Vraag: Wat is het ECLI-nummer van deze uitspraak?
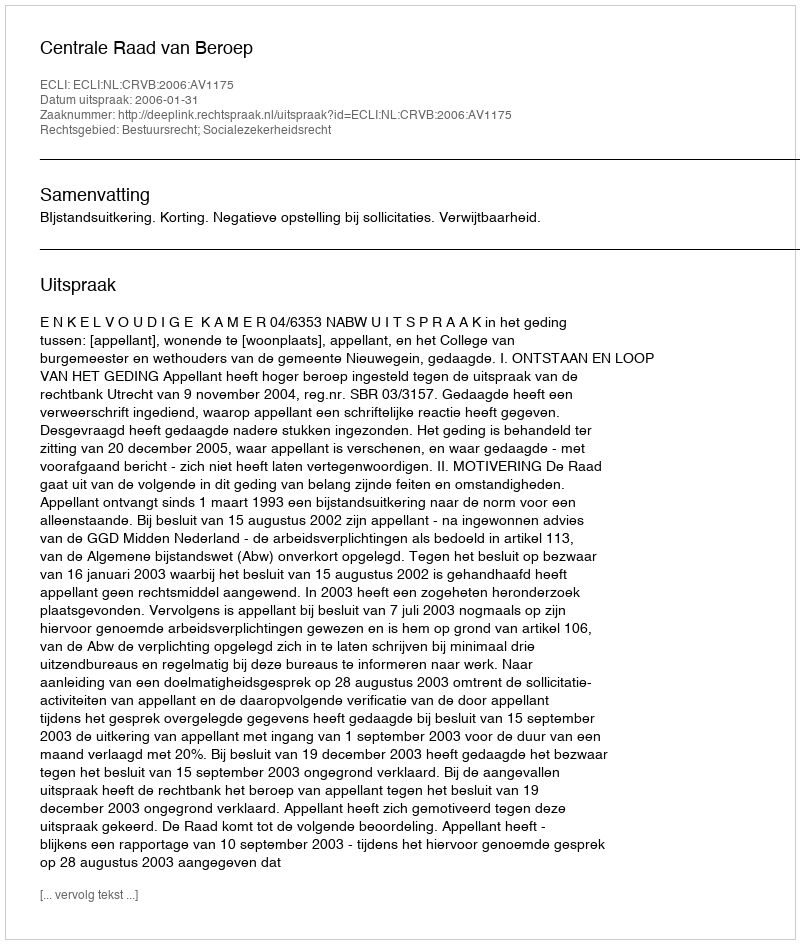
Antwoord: ECLI:NL:CRVB:2006:AV1175